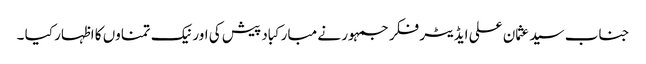
جناب سید عثمان علی ایڈیٹر فکر جمہور نے مبارکباد پیش کی اور نیک تمناوں کا اظہار کیا ۔